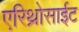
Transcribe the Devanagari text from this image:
एरिथ्रोसाईट